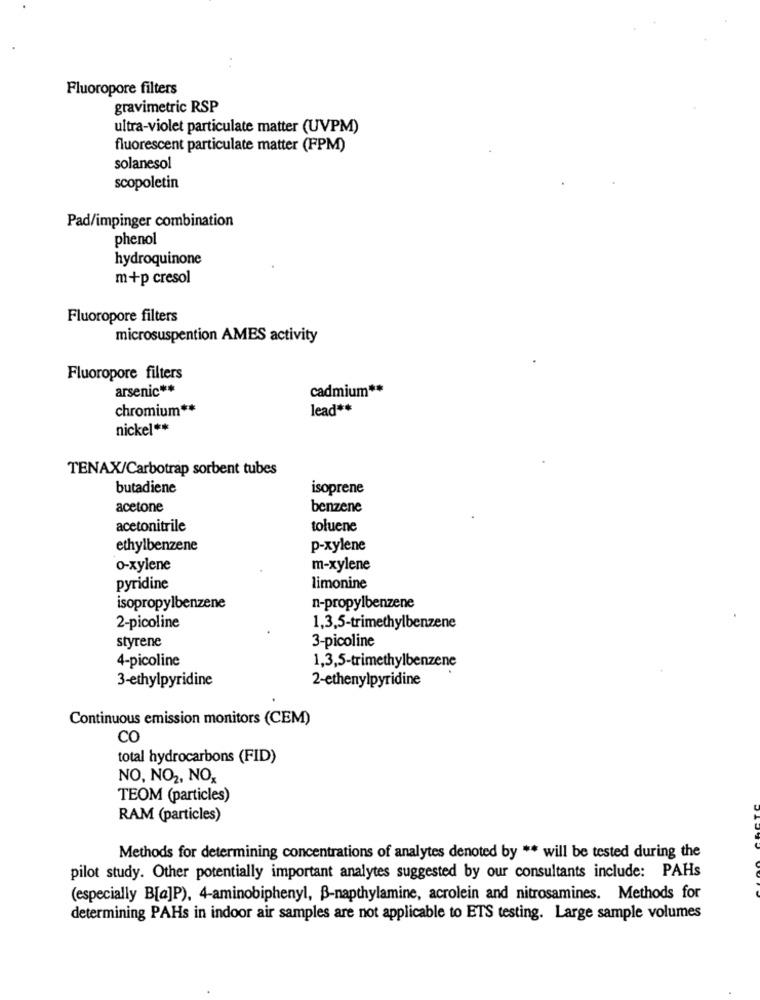
Fluoropore filters
gravimetric RSP
ultra-violet particulate matter (UVPM)
fluorescent particulate matter (FPM)
solanesol
scopoletin
Pad/impinger combination
phenol
hydroquinone
m+p cresol
Fluoropore filters
microsuspention AMES activity
Fluoropore filters
arsenic **
cadmium **
chromium **
lead **
nickel **
TENAX/Carbotrap sorbent tubes
butadiene
isoprene
acetone
benzene
acetonitrile
toluene
ethylbenzene
p-xylene
o-xylene
m-xylene
pyridine
limonine
isopropylbenzene
n-propylbenzene
2-picoline
1,3,5-trimethylbenzene
styrene
3-picoline
4-picoline
1,3,5-trimethylbenzene
3-ethylpyridine
2-ethenylpyridine
Continuous emission monitors (CEM)
CO
total hydrocarbons (FID)
NO, NO2, NO,
TEOM (particles)
RAM (particles)
Methods for determining concentrations of analytes denoted by ** will be tested during the
pilot study. Other potentially important analytes suggested by our consultants include: PAHs
(especially B[a]P), 4-aminobiphenyl, B-napthylamine, acrolein and nitrosamines. Methods for
determining PAHs in indoor air samples are not applicable to ETS testing. Large sample volumes